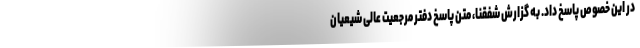
در این خصوص پاسخ داد. به گزارش شفقنا، متن پاسخ دفتر مرجعیت عالی شیعیان